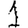
Digit: 1